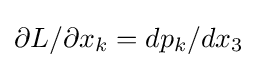
\partial L/\partial x_{k}=dp_{k}/dx_{3}